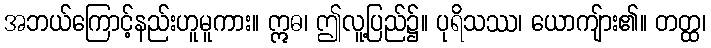
အဘယ်ကြောင့်နည်းဟူမူကား။ ဣဓ၊ ဤလူ့ပြည်၌။ ပုရိသဿ၊ ယောကျ်ား၏။ တတ္ထ၊